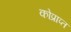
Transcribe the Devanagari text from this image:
कोप्राप्त